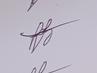
Signature authenticity: genuine